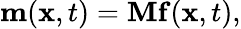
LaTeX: \mathbf{m}(\mathbf{x},t)=\mathbf{M}\mathbf{f}(\mathbf{x},t),